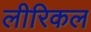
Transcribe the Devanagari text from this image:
लीरिकल